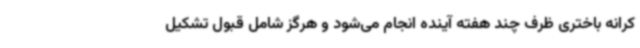
کرانه باختری ظرف چند هفته آینده انجام می‌شود و هرگز شامل قبول تشکیل